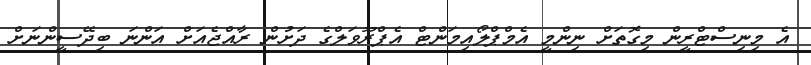
އެ މިނިސްޓްރީން މިގޮތަށް ނިންމީ އެމްޕްލޯއިމަންޓް އެޕްރޫވަލްގެ ދަށުން ރާއްޖެއަށް އަންނަ ބިދޭސީންނަށް